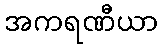
အကရဏီယာ